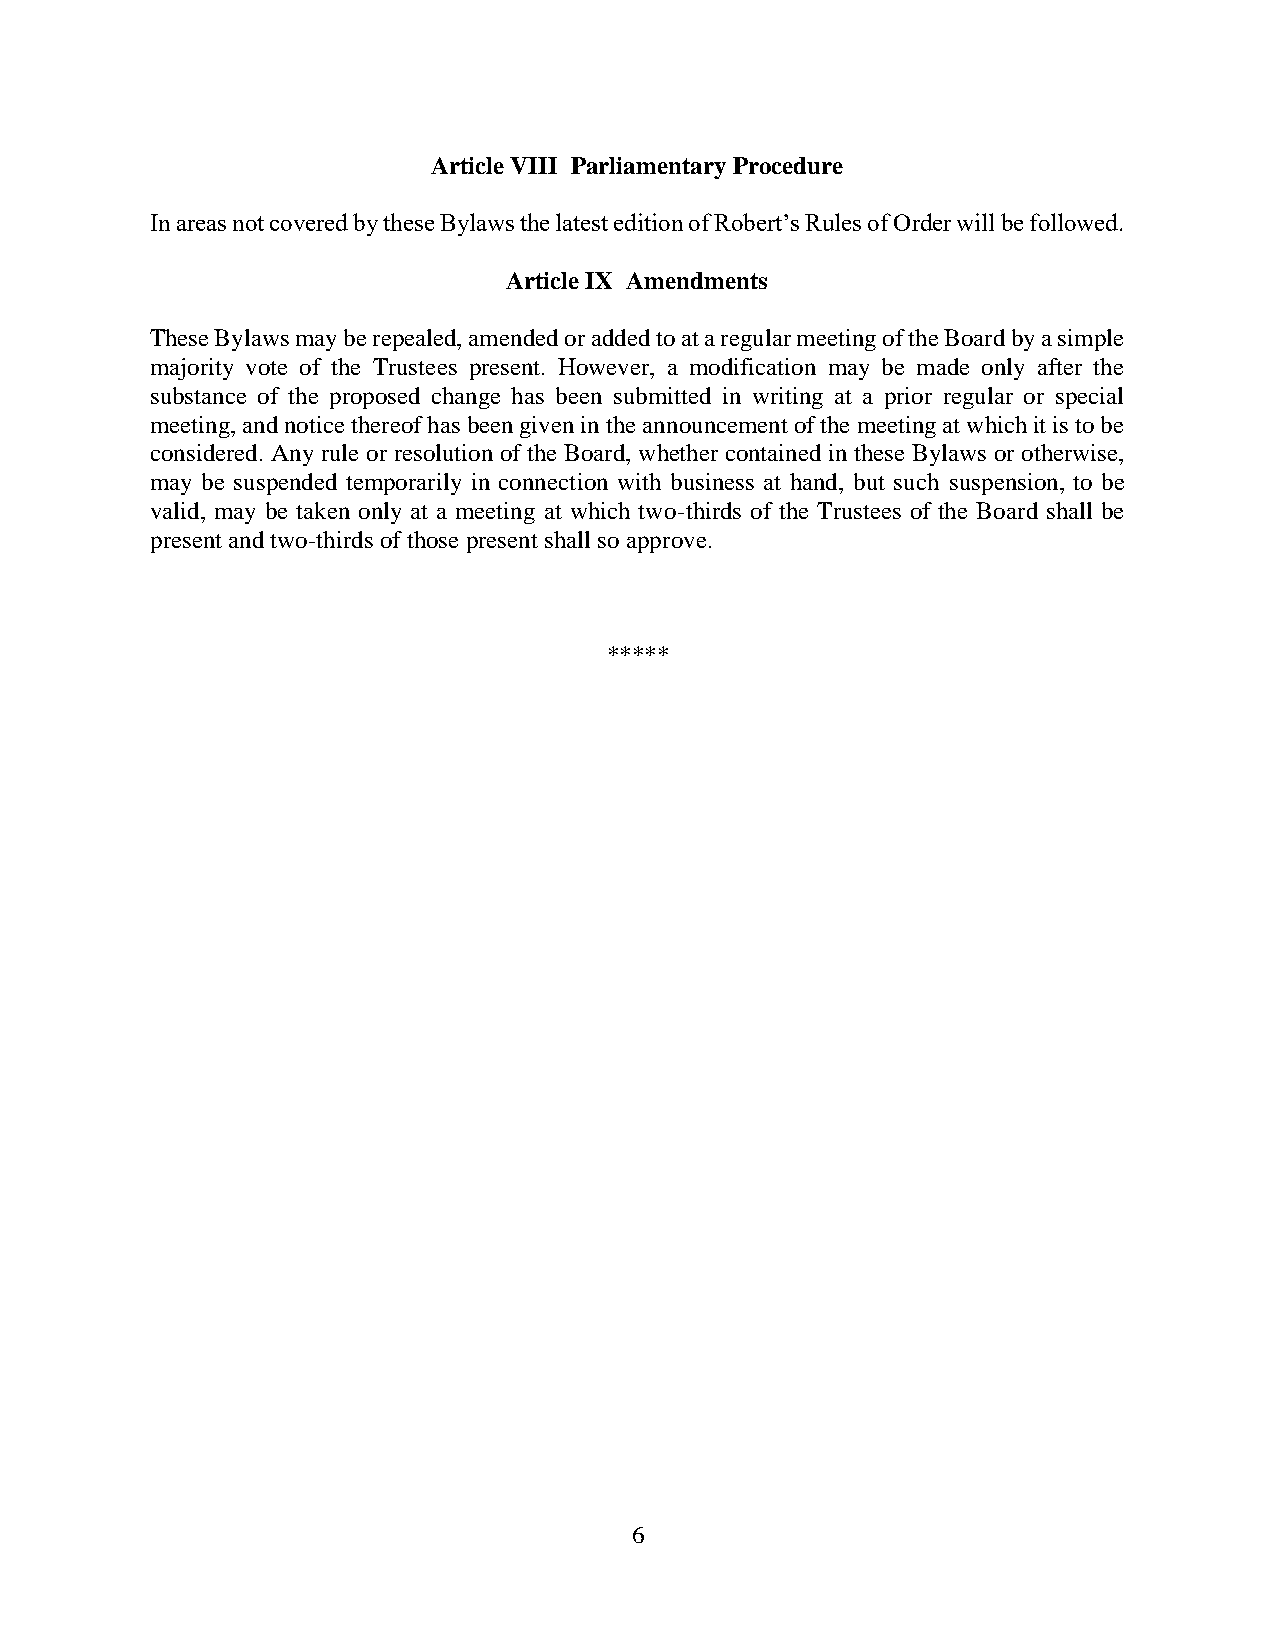
Article VIII Parliamentary Procedure
 In areas not covered by these Bylaws the latest edition of Robert’s Rules of Order will be followed.
 Article IX Amendments
 These Bylaws may be repealed, amended or added to at a regular meeting of the Board by a simple
 majority vote of the Trustees present. However, a modification may be made only after the
 substance of the proposed change has been submitted in writing at a prior regular or special
 meeting, and notice thereof has been given in the announcement of the meeting at which it is to be
 considered. Any rule or resolution of the Board, whether contained in these Bylaws or otherwise,
 may be suspended temporarily in connection with business at hand, but such suspension, to be
 valid, may be taken only at a meeting at which two-thirds of the Trustees of the Board shall be
 present and two-thirds of those present shall so approve.
 *****
 6